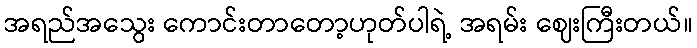
အရည်အသွေး ကောင်းတာတော့ဟုတ်ပါရဲ့ အရမ်း ဈေးကြီးတယ်။